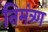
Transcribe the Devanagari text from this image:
निमंत्र्ण